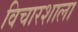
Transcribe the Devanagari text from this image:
विचारशाला